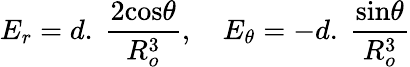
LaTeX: E_{r}=d.\ \frac{2\textrm{cos}\theta}{R_{o}^{3}},\quad E_{\theta}=-d.\ \frac{\textrm{sin}\theta}{R_{o}^{3}}